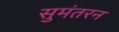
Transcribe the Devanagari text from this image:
सुमंतरन